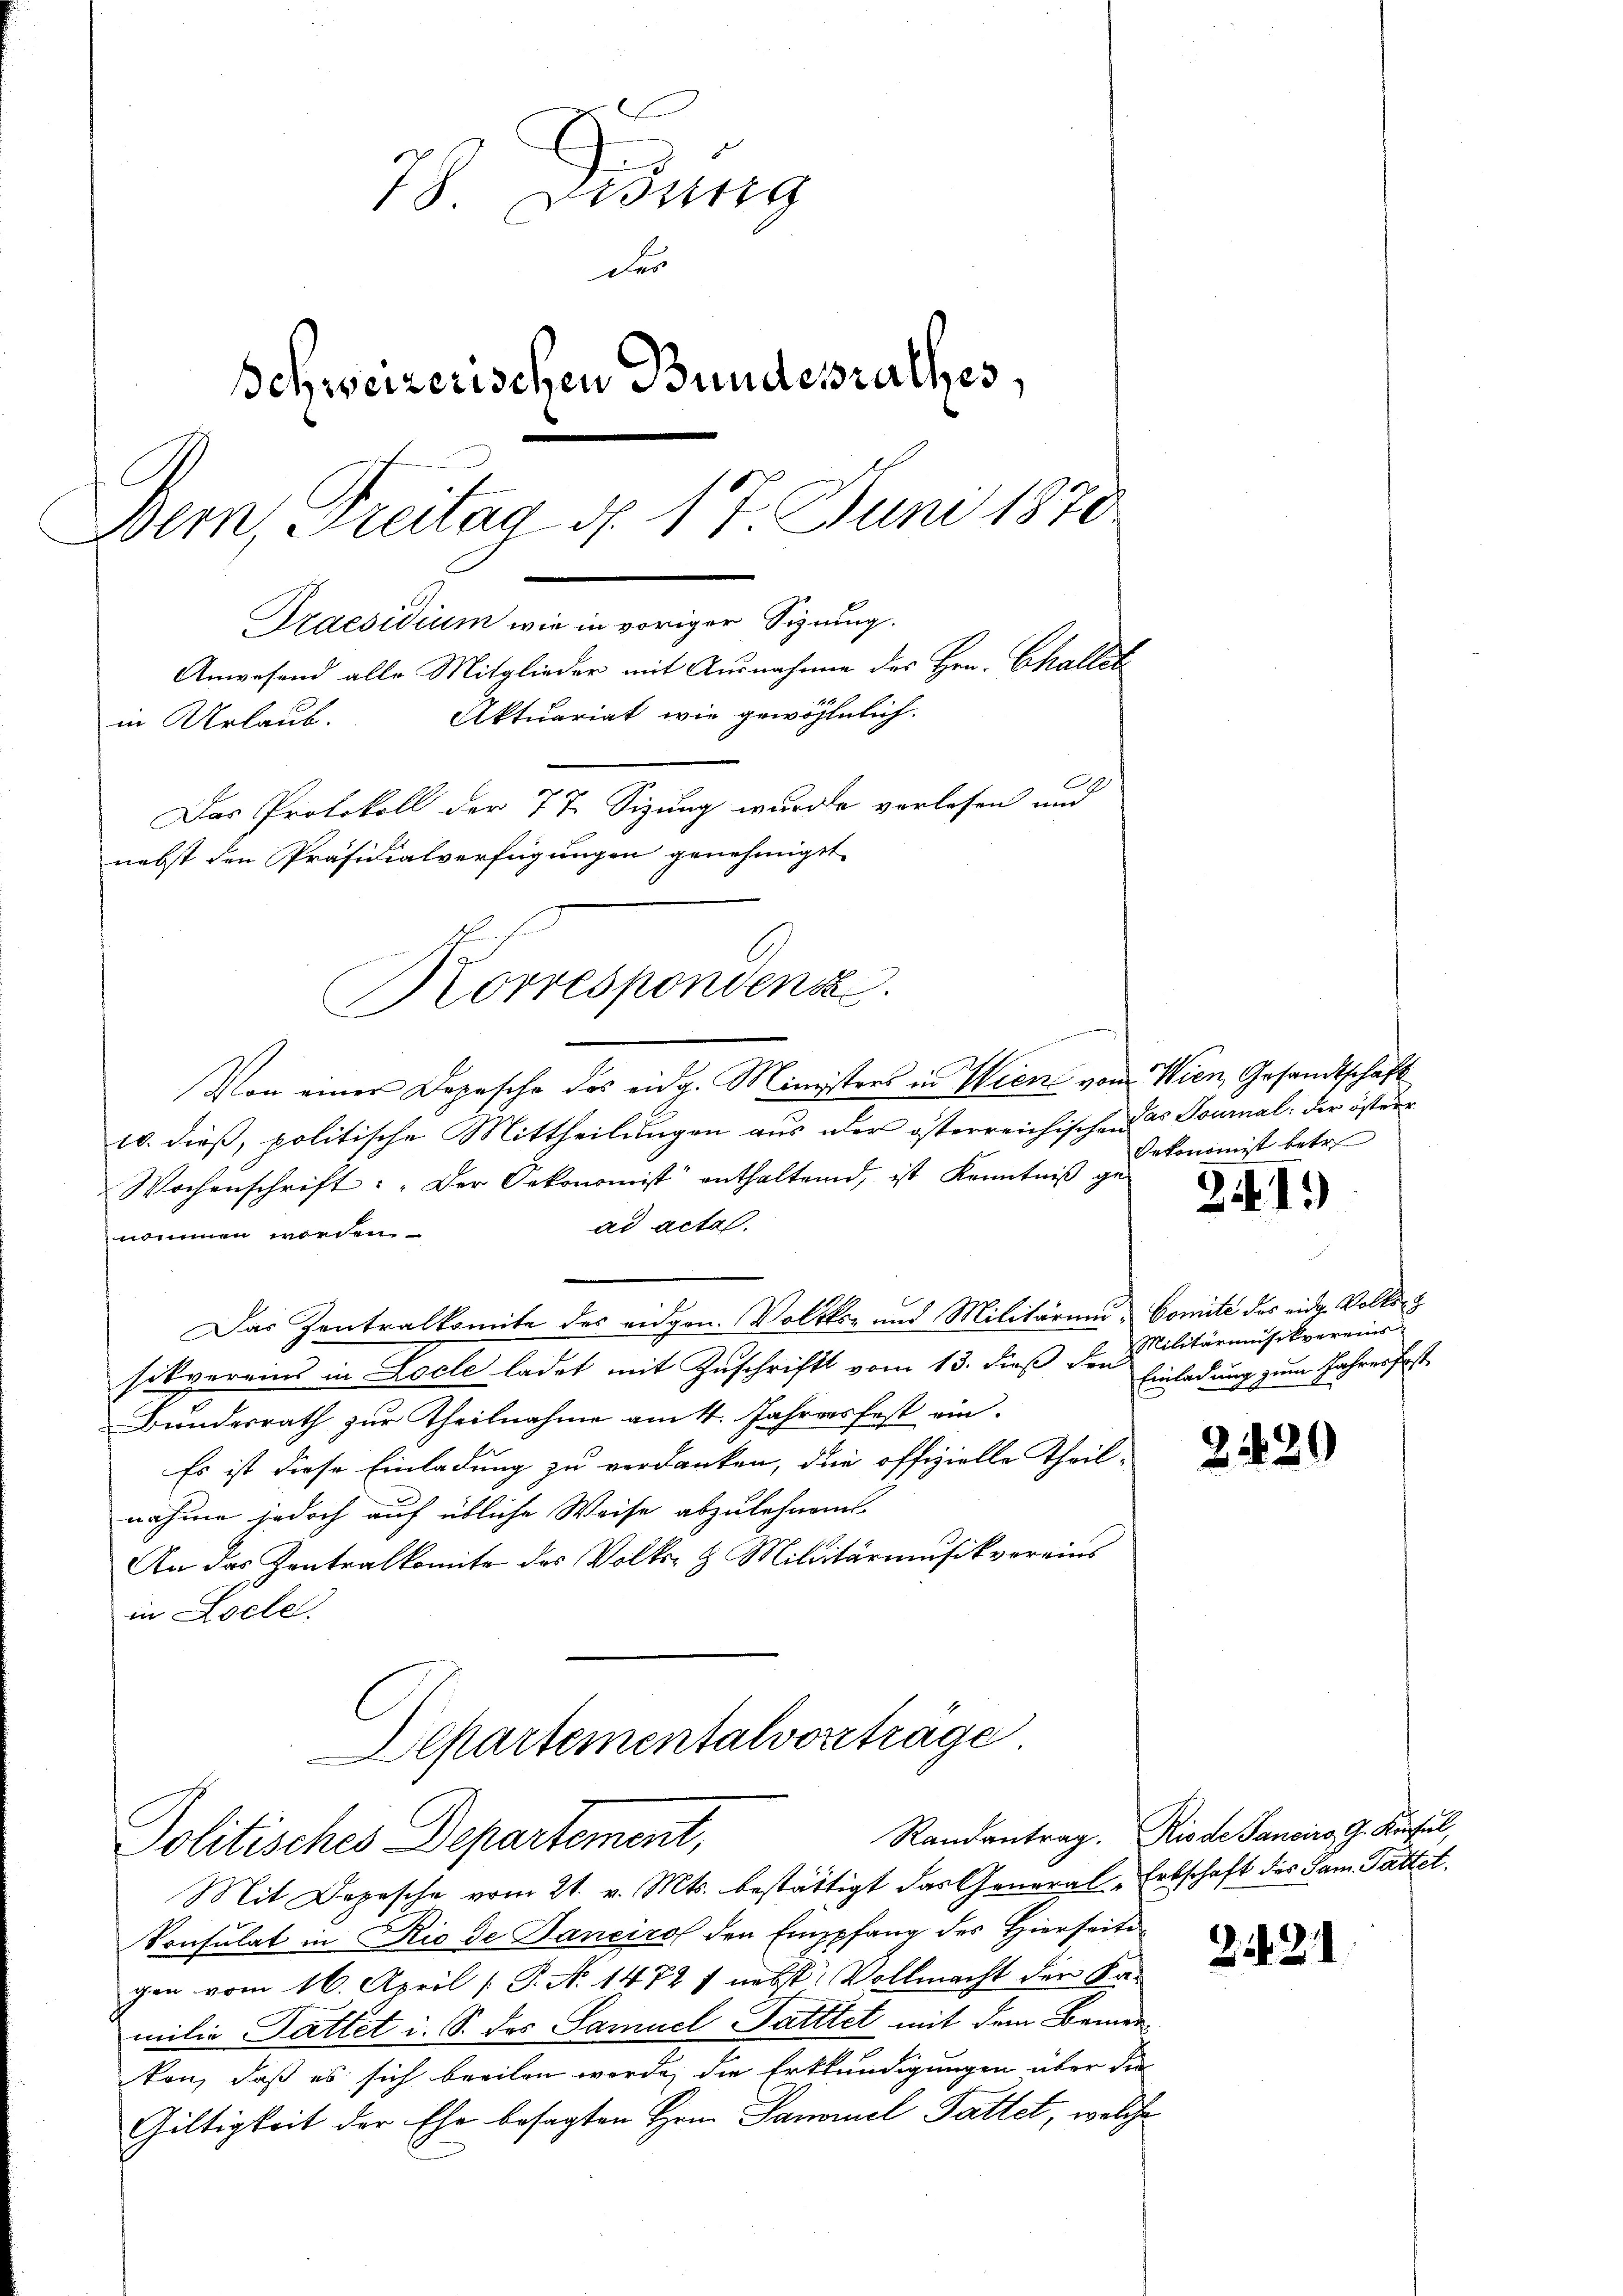
78. Disung
Des
Schweizerischen Bundesrathes,
Bern, Freitag d. 17. Juni 1870
Praesidium wie in voriger Sizung.
Anwesend alle Mitglieder mit Ausnahme des Hrn. Challst
Aktuariat wie gewöhnlich.
in Urlaub.
l
Das Protokoll der 77. Sizung wurde verlesen und
nebst den Präsidialverfügungen genehmigt

Korrespondens

n
Von einer Depesche des eidg. Ministers in Wien vom Wien, Gesandtschaft
10. dieß, politische Mittheilungen aus der österreichischen das Tournal der österr
Wochenschrift: "Der Oekonomist enthaltend, ist Kenntniβ ge-
ad actes.
nommen worden
Das Zentralkomite des eidgen. Volkko- und Militäri, Comite des eidg. Volks-
sikvereins in Locle ladet mit Zuschrift vom 13. dieß den
Bundesrath zur Theilnahme am 4. Jahresfest ein¬
Es ist diese Einladung zu verdanken, die offizielle Theil-
nahme jedoch auf übliche Weise abzulehnen
An das Zentralkomite des Volks- & Militärmusikvereins
in Loche,
Departementalvorträge
Politisches Departement,
Mit Depesche vom 21. v. Mts. bestättigt das General-Ertschaft des Sam. Pattet.
Konsulat in Rio de Dancirol den Emppfang des Hierseiti
gen vom 16. April [ P. No. 1472 f nebst Vollmacht der Kamilie Dattet i. S. das Samuel Fatttet mit dem Bemerkon, daß es sich beeilen werde, die Erkkündigungen über die
Gültigkeit der Ehe besagten Hrn. Sanorel Pattet, welche

Oekonomist betr.

24I)

Militärmusikvereins
Einladung zum Jahres fest

2420

Randantrag. Rio de Sancirs, G. Konsul,

2421